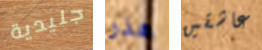
جليدية هذر عاشقين